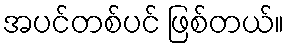
အပင်တစ်ပင် ဖြစ်တယ်။